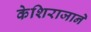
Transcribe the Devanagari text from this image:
केशिराजाने